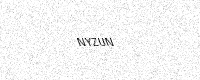
Text: NYZUN